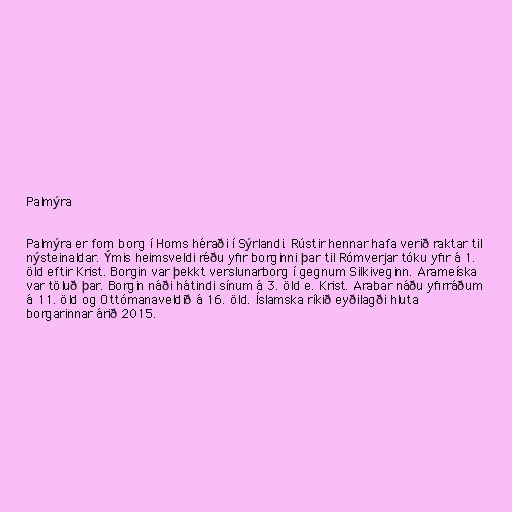
Palmýra

Palmýra er forn borg í Homs héraði í Sýrlandi. Rústir hennar hafa verið raktar til
nýsteinaldar. Ýmis heimsveldi réðu yfir borginni þar til Rómverjar tóku yfir á 1.
öld eftir Krist. Borgin var þekkt verslunarborg í gegnum Silkiveginn. Arameíska
var töluð þar. Borgin náði hátindi sínum á 3. öld e. Krist. Arabar náðu yfirráðum
á 11. öld og Ottómanaveldið á 16. öld. Íslamska ríkið eyðilagði hluta
borgarinnar árið 2015.